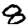
Digit: 8